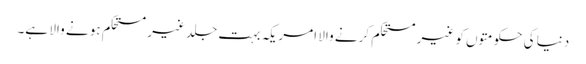
دنیا کی حکومتوں کو غیر مستحکم کرنے والا امریکہ بہت جلد غیر مستحکم ہو نے والا ہے۔